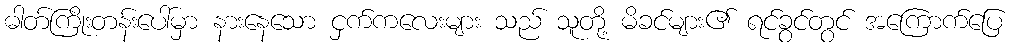
ဓါတ်ကြိုးတန်းပေါ်မှာ နားနေသော ငှက်ကလေးများ သည် သူတို့ မိခင်များ၏ ရင်ခွင်တွင် အကြောက်ပြေ